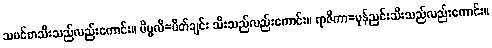
သမင်စာသီးသည်လည်းကောင်း။ ပိပ္ဖလိ=ပိတ်ချင်း သီးသည်လည်းကောင်း။ ရာဇိကာ=မုန်ညင်းသီးသည်လည်းကောင်း။